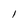
Character: l